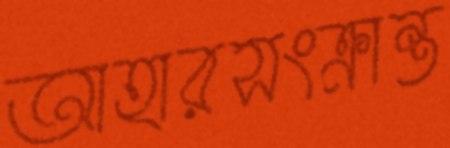
আহারসংক্রান্ত